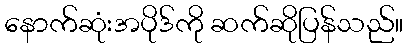
နောက်ဆုံးအပိုဒ်ကို ဆက်ဆိုပြန်သည်။